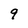
Character: 9